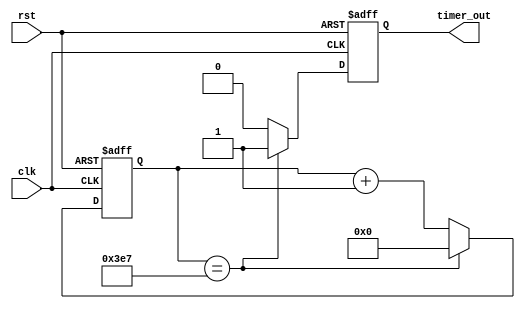
module PeriodicTimer (
    input wire clk,
    input wire rst,
    output reg timer_out
);

reg [15:0] count;
reg [15:0] period = 1000; // Set the period of the timer to 1000 clock cycles

always @(posedge clk or posedge rst) begin
    if (rst) begin
        count <= 0;
        timer_out <= 0;
    end else begin
        if (count == period - 1) begin
            count <= 0;
            timer_out <= 1;
        end else begin
            count <= count + 1;
            timer_out <= 0;
        end
    end
end

endmodule